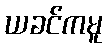
ယခင်ကမူ